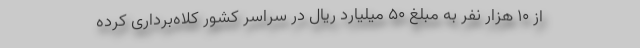
از ۱۰ هزار نفر به مبلغ ۵۰ میلیارد ریال در سراسر کشور کلاه‌برداری کرده